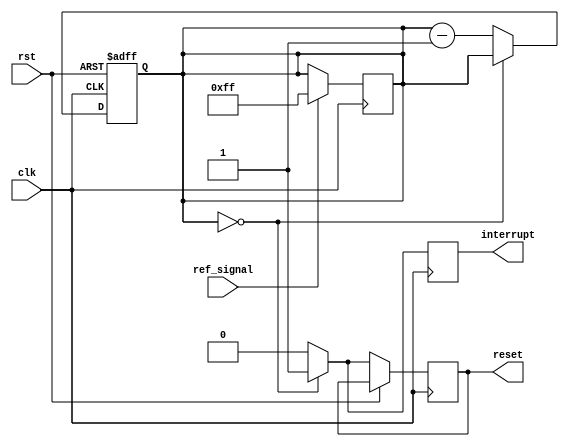
module watchdog_timer (
    input wire clk,
    input wire rst,
    input wire ref_signal,
    output reg interrupt,
    output reg reset
);

parameter PRESET_VALUE = 8'd255; // Set the preset value for the counter

reg [7:0] counter;

always @(posedge clk or posedge rst) begin
    if (rst) begin
        counter <= PRESET_VALUE;
    end else begin
        if (counter == 8'd0) begin
            reset <= 1'b1;
        end else begin
            counter <= counter - 8'd1;
            reset <= 1'b0;
        end
    end
end

always @(posedge clk) begin
    if (ref_signal) begin
        counter <= PRESET_VALUE;
    end
end

always @(posedge clk) begin
    if (counter == 8'd0) begin
        interrupt <= 1'b1;
    end else begin
        interrupt <= 1'b0;
    end
end

endmodule